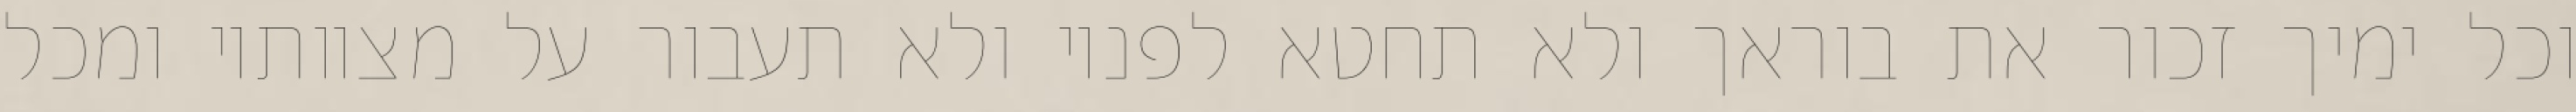
וכל ימיך זכור את בוראך ולא תחטא לפניו ולא תעבור על מצוותיו ומכל